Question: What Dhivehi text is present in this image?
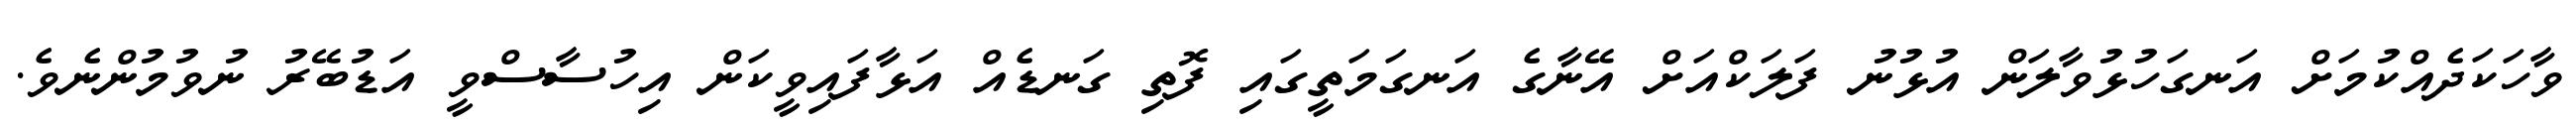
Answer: ވާހަކަދެއްކުމަށް އަނގަހުޅުވާލަން އުޅުނު ފަލަކްއަށް އޭނާގެ އަނގަމަތީގައި ފޮތި ގަނޑެއް އަޅާފައިވީކަން އިހުސާސްވީ އަޑުބޭރު ނުވުމުންނެވެ.